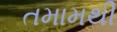
તમામથી